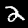
Digit: 2